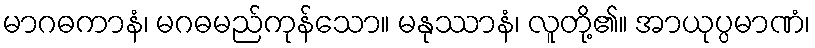
မာဂဓကာနံ၊ မဂဓမည်ကုန်သော။ မနုဿာနံ၊ လူတို့၏။ အာယုပ္ပမာဏံ၊